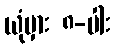
ယုံမှား ၈-ပါး